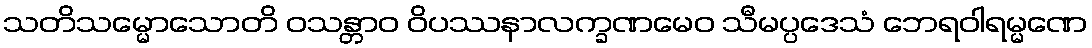
သတိသမ္မောသောတိ ဝသန္တာဝ ဝိပဿနာလက္ခဏမေဝ သီမပ္ပဒေသံ ဘေရဝါရမ္မဏေ